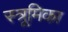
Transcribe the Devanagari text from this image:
स्त्रूमिका